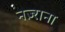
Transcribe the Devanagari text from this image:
नज़्राना